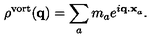
\rho ^ { \mathrm { v o r t } } ( { \bf q } ) = \sum _ { a } m _ { a } e ^ { i { \bf q . x } _ { a } } .